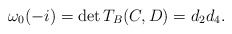
\begin{align*} \omega_0(-i) = \det T_{B}(C,D) = d_2 d_4.\end{align*}